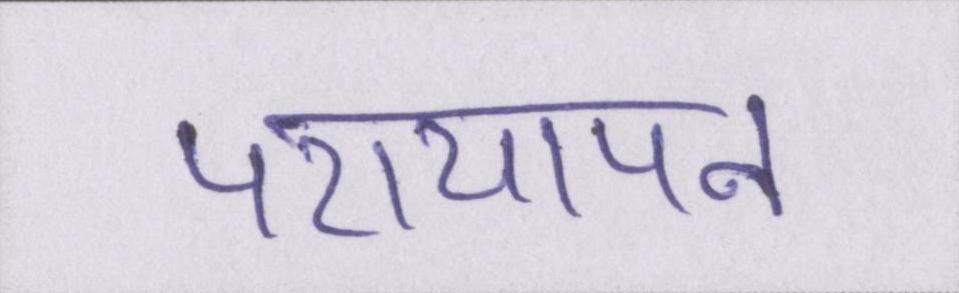
परायापन